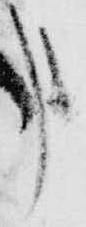
申